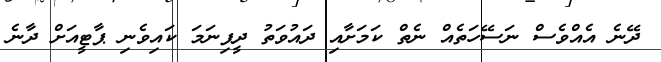
ދޭނެ އެއްވެސް ނަސޭހަތެއް ނެތް ކަމަށާއި ދައުވަތު ދީފިނަމަ ކައިވެނި ޕާޓީއަށް ދާނެ